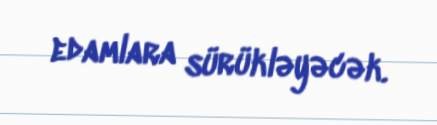
edamlara sürükləyəcək.